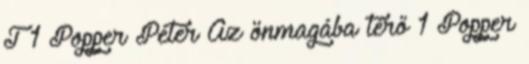
T 1 Popper Péter Az önmagába térő 1 Popper